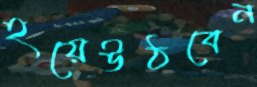
হয়েউঠবেন